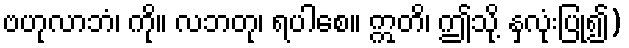
ဗဟုလာဘံ၊ ကို။ လဘတု၊ ရပါစေ။ ဣတိ၊ ဤသို့ နှလုံးပြု၍)